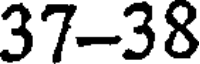
37-38